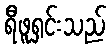
ရီဖူရှင်းသည်